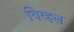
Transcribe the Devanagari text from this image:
विव्हल